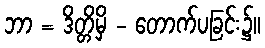
ဘာ = ဒိတ္တိမှိ - တောက်ပခြင်း၌။